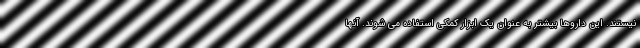
نیستند. این داروها بیشتر به عنوان یک ابزار کمکی استفاده می شوند. آنها